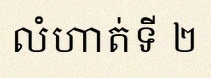
លំហាត់ទី ២